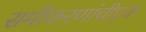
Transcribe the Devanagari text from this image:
समीकरणांचीएक